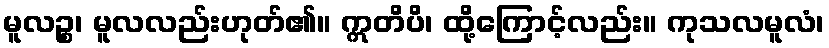
မူလဉ္စ၊ မူလလည်းဟုတ်၏။ ဣတိပိ၊ ထို့ကြောင့်လည်း။ ကုသလမူလံ၊